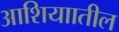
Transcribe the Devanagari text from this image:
आशियाातील